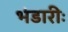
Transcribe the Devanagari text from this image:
भंडारीः